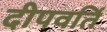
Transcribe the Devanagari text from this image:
दीपवर्ति